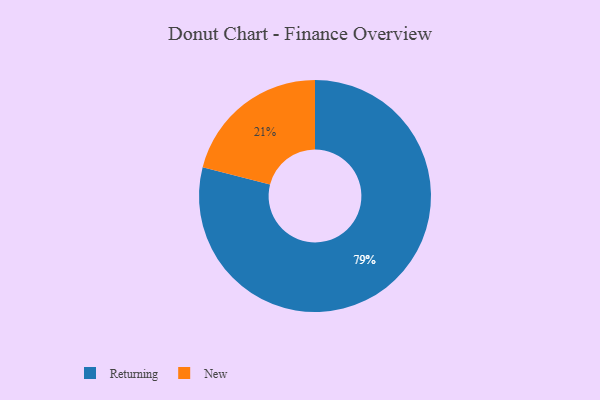
{"axis": {"x": "Category", "y": "Percentage"}, "legend": ["New", "Returning"], "data": [{"x": "Returning", "y": 79, "type": "Returning"}, {"x": "New", "y": 21, "type": "New"}]}